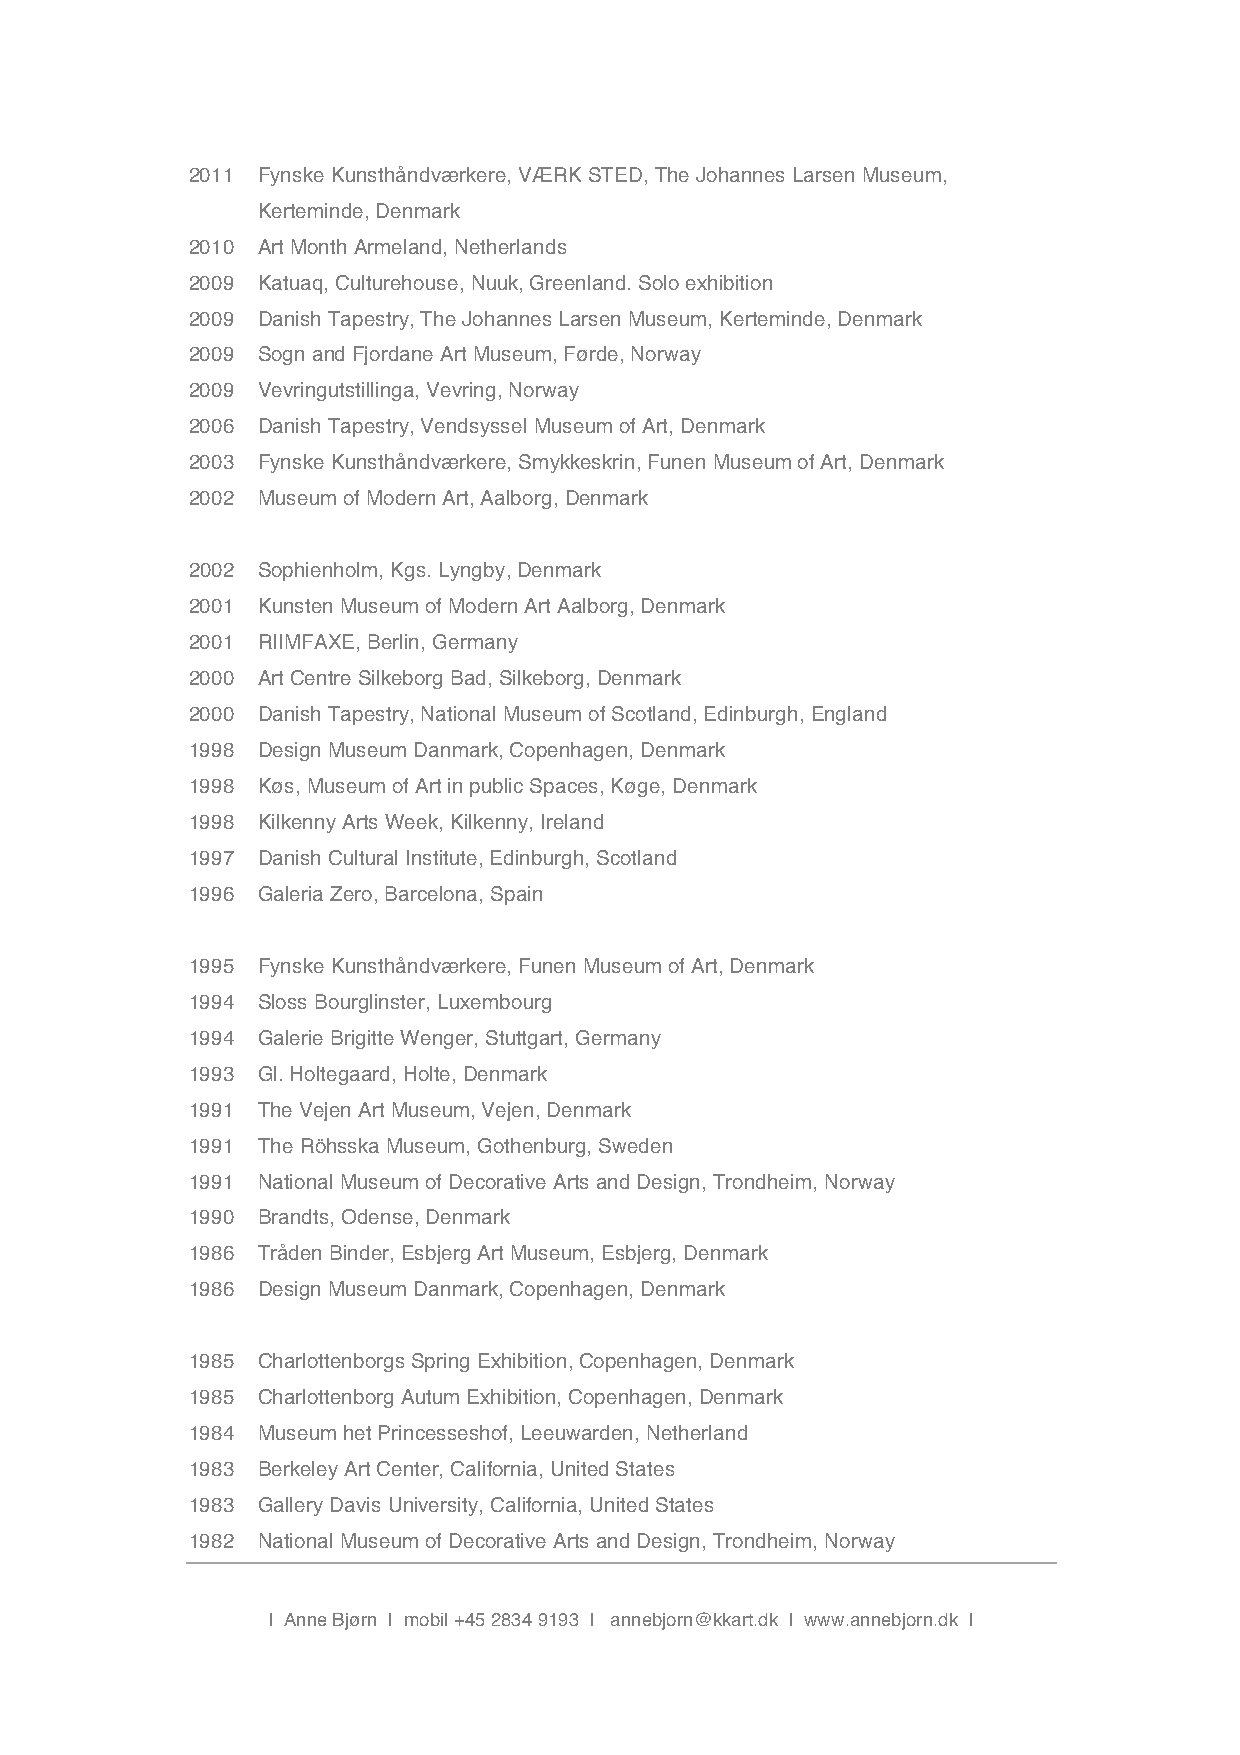
2011 Fynske Kunsthåndværkere, VÆRK STED, The Johannes Larsen Museum,
 Kerteminde, Denmark
 2010 Art Month Armeland, Netherlands
 2009 Katuaq, Culturehouse, Nuuk, Greenland. Solo exhibition
 2009 Danish Tapestry, The Johannes Larsen Museum, Kerteminde, Denmark
 2009 Sogn and Fjordane Art Museum, Førde, Norway
 2009 Vevringutstillinga, Vevring, Norway
 2006 Danish Tapestry, Vendsyssel Museum of Art, Denmark
 2003 Fynske Kunsthåndværkere, Smykkeskrin, Funen Museum of Art, Denmark
 2002 Museum of Modern Art, Aalborg, Denmark
 2002 Sophienholm, Kgs. Lyngby, Denmark
 2001 Kunsten Museum of Modern Art Aalborg, Denmark
 2001 RIIMFAXE, Berlin, Germany
 2000 Art Centre Silkeborg Bad, Silkeborg, Denmark
 2000 Danish Tapestry, National Museum of Scotland, Edinburgh, England
 1998 Design Museum Danmark, Copenhagen, Denmark
 1998 Køs, Museum of Art in public Spaces, Køge, Denmark
 1998 Kilkenny Arts Week, Kilkenny, Ireland
 1997 Danish Cultural Institute, Edinburgh, Scotland
 1996 Galeria Zero, Barcelona, Spain
 1995 Fynske Kunsthåndværkere, Funen Museum of Art, Denmark
 1994 Sloss Bourglinster, Luxembourg
 1994 Galerie Brigitte Wenger, Stuttgart, Germany
 1993 Gl. Holtegaard, Holte, Denmark
 1991 The Vejen Art Museum, Vejen, Denmark
 1991 The Röhsska Museum, Gothenburg, Sweden
 1991 National Museum of Decorative Arts and Design, Trondheim, Norway
 1990 Brandts, Odense, Denmark
 1986 Tråden Binder, Esbjerg Art Museum, Esbjerg, Denmark
 1986 Design Museum Danmark, Copenhagen, Denmark
 1985 Charlottenborgs Spring Exhibition, Copenhagen, Denmark
 1985 Charlottenborg Autum Exhibition, Copenhagen, Denmark
 1984 Museum het Princesseshof, Leeuwarden, Netherland
 1983 Berkeley Art Center, California, United States
 1983 Gallery Davis University, California, United States
 1982 National Museum of Decorative Arts and Design, Trondheim, Norway
 | Anne Bjørn | mobil +45 2834 9193 | annebjorn@kkart.dk | www.annebjorn.dk |